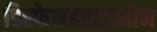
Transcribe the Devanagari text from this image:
डिस्फेनहाइड्रामीन